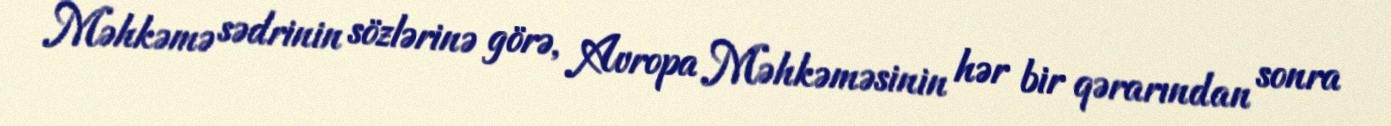
Məhkəmə sədrinin sözlərinə görə, Avropa Məhkəməsinin hər bir qərarından sonra